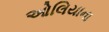
ઓલિયાના